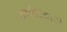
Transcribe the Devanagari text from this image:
कान्तिकारी